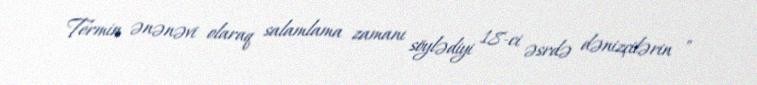
Termin ənənəvi olaraq salamlama zamanı söylədiyi 18-ci əsrdə dənizçilərin "